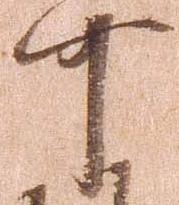
可